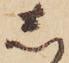
し